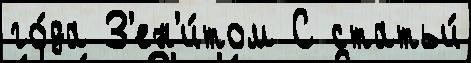
го́да З'ен'и́том С статьи́